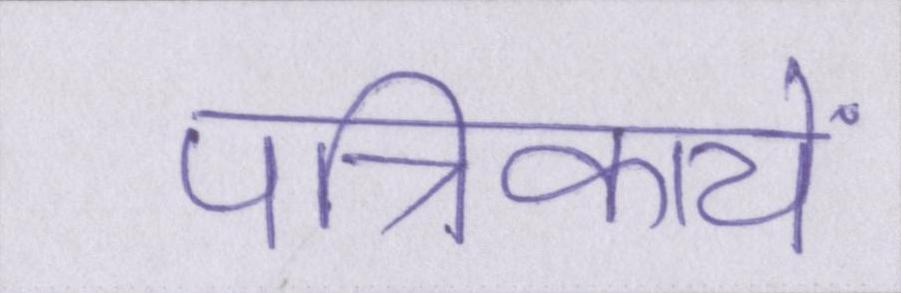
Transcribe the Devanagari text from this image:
पत्रिकायें